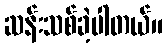
ဆန်းသစ်ခဲ့ပါတယ်။